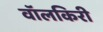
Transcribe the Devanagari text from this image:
वॉलकिरी